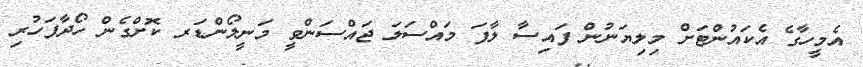
އެމީހާގެ އެކައުންޓަށް މިލިޔަނުން ފައިސާ ލާފަ މައްސަލަ ޖައްސަންވީ މަނީލޯންޑަރ ކޮށްގެން ހޯދާފަހުރި